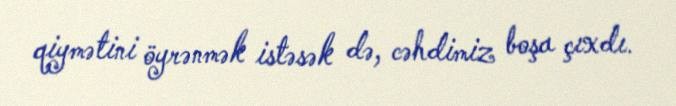
qiymətini öyrənmək istəsək də, cəhdimiz boşa çıxdı.